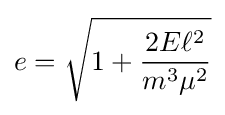
e={\sqrt {1+{\frac {2E\ell ^{2}}{m^{3}\mu ^{2}}}}}